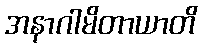
အနာဂါမိတာယာတိ